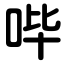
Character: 哔